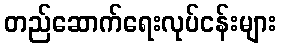
တည်ဆောက်ရေးလုပ်ငန်းများ